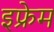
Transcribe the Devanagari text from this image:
इफ्रेम